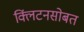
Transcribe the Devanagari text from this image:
क्लिंटनसोबत